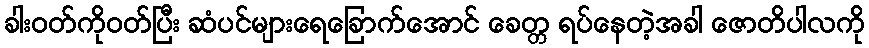
ခါးဝတ်ကိုဝတ်ပြီး ဆံပင်များရေခြောက်အောင် ခေတ္တ ရပ်နေတဲ့အခါ ဇောတိပါလကို